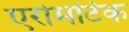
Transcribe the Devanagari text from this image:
एरोमटिक